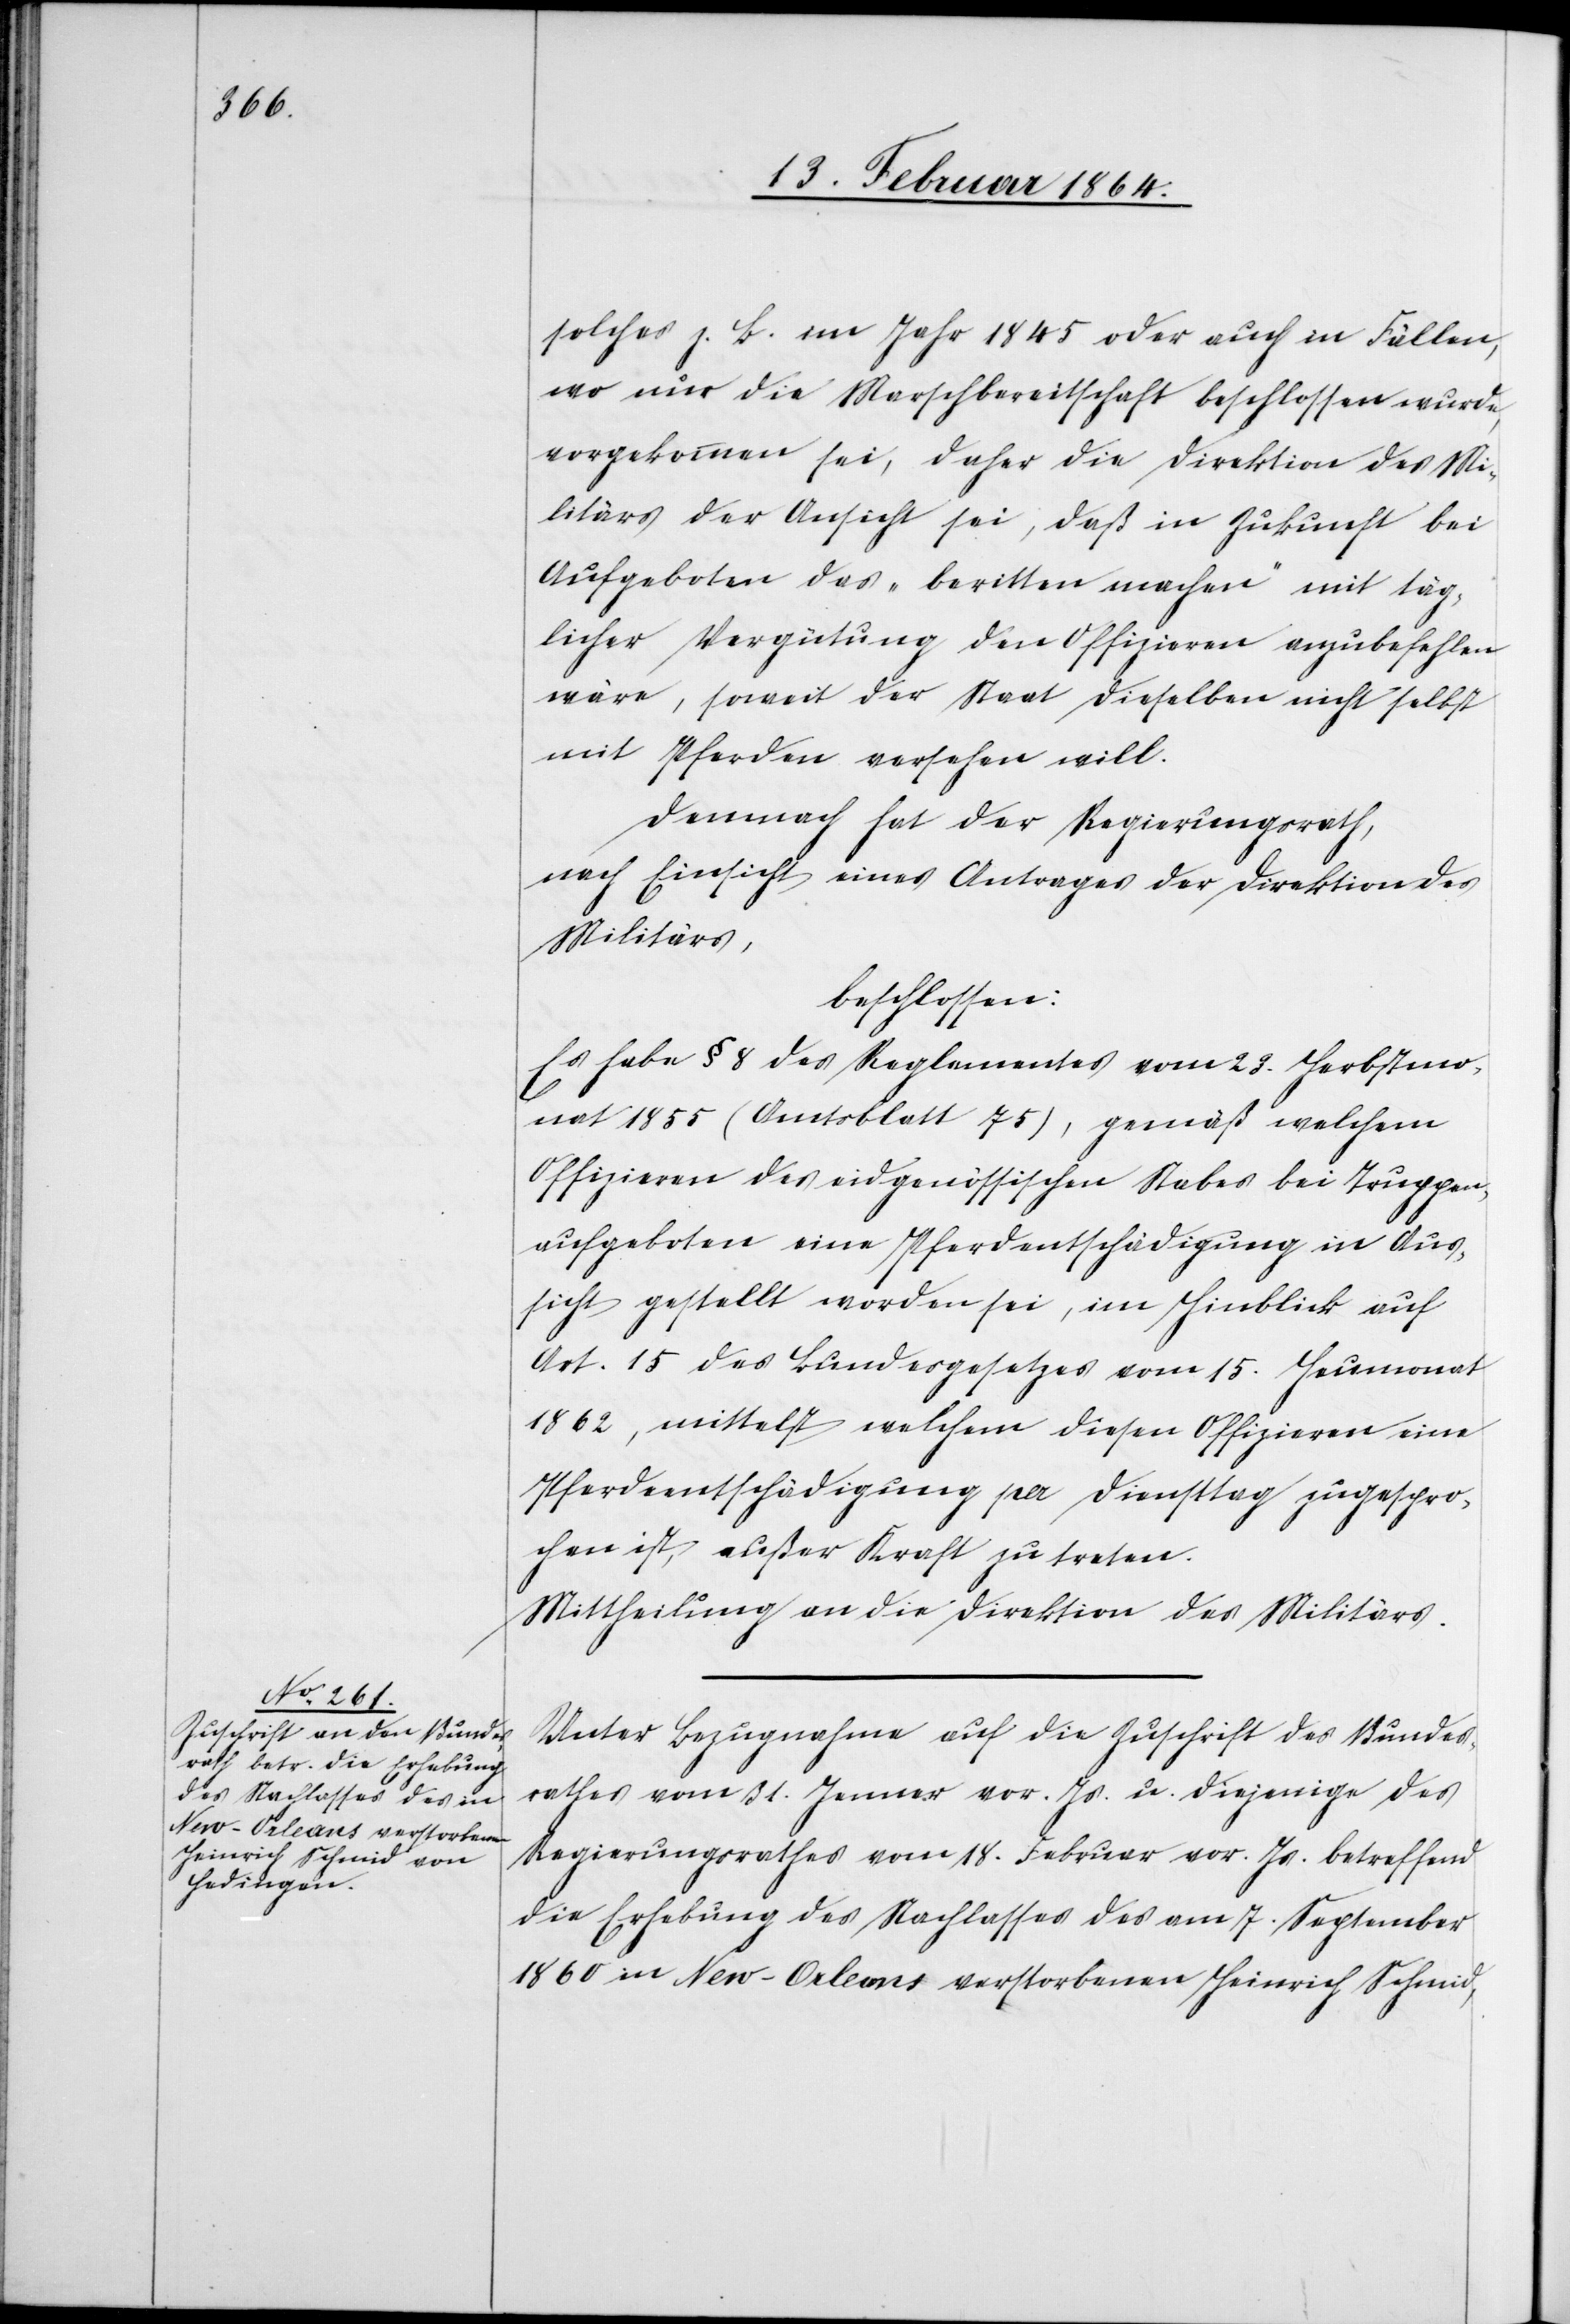
solches z. B. im Jahr 1845 oder auch in Fällen,
wo nur die Marschbereitschaft beschlossen wurde,
vorgekommen sei, daher die Direktion des Mi¬
litärs der Ansicht sei, daß in Zukunft bei
Aufgeboten das „beritten machen“ mit täg¬
licher Vergütung den Offizieren anzubefehlen
wäre, soweit der Staat dieselben nicht selbst
mit Pferden versehen will.
Demnach hat der Regierungsrath,
nach Einsicht eines Antrages der Direktion des
Militärs,
beschlossen:
Es habe § 8 des Reglementes vom 23. Herbstmo¬
nat 1855 (Amtsblatt 75), gemäß welchem
Offizieren des eidgenössischen Stabes bei Truppen¬
aufgeboten eine Pferdentschädigung in Aus¬
sicht gestellt worden sei, im Hinblick auf
Art. 15 des Bundesgesetzes vom 15. Heumonat
1862, mittelst welchem diesen Offizieren eine
Pferdeentschädigung per Diensttag zugespro¬
chen ist, außer Kraft zu treten.
Mittheilung an die Direktion des Militärs.
Unter Bezugnahme auf die Zuschrift des Bundes¬
rathes vom 31. Januar vor. Js. u. diejenige des
Regierungsrathes vom 18. Februar vor. Js. betreffend
die Erhebung des Nachlasses des am 7. September
1860 in New-Orleans verstorbenen Heinrich Schmid,